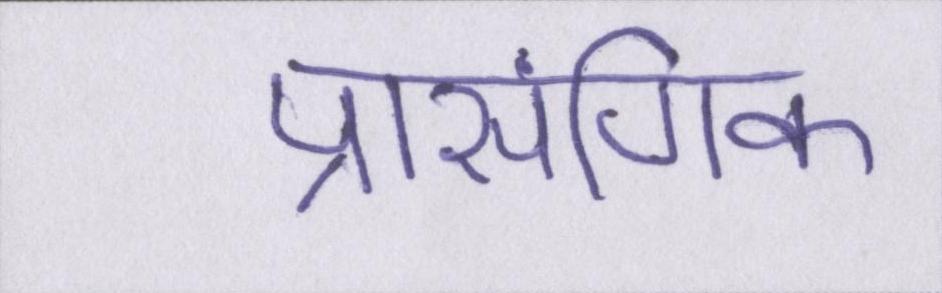
प्रासंगिक